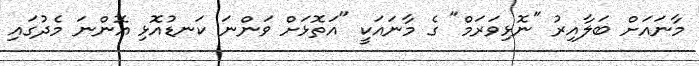
މާނައަށް ބަލާއިރު "ނޮޅިވަރަމް" ގެ މާނައަކީ "އަތޮޅަށް ވަންނަ ކަނޑުއޮޅި އޮންނަ މެދުގައި